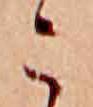
こ